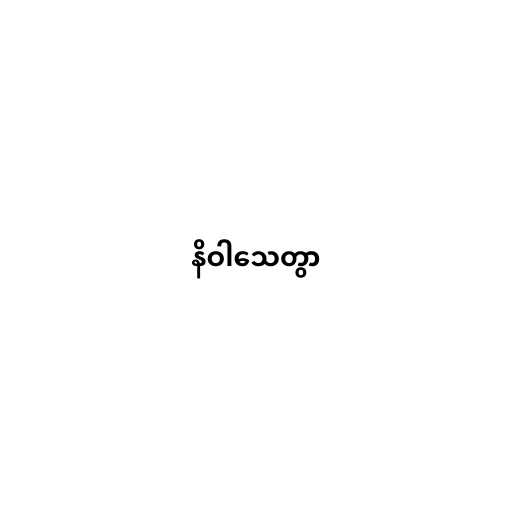
နိဝါသေတွာ